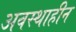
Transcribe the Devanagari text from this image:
अवस्थाहीन